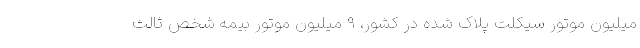
میلیون موتور سیکلت پلاک شده در کشور، ۹ میلیون موتور بیمه شخص ثالث